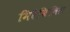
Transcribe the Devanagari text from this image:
मिरैबिलिस